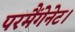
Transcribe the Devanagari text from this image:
परमैंगेनेट।